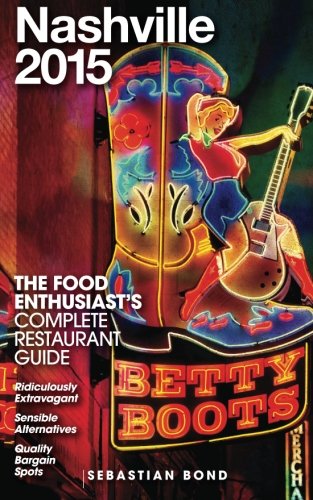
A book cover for Nashville 2015 (The Food Enthusiast's Complete Restaurant Guide); Sebastian Bond; Travel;